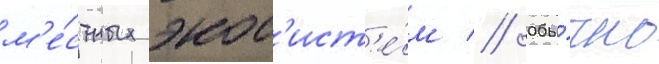
м'е́стных экос'ист'е́м // Обы́чно